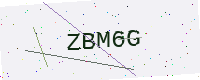
Text: ZBM6G